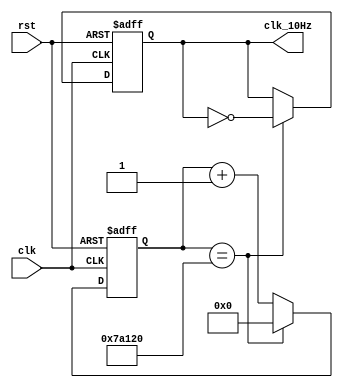
`timescale 1ns / 1ps
//////////////////////////////////////////////////////////////////////////////////
// Company: 
// Engineer: 
// 
// Design Name: 
// Module Name: clk_10Mz
// Project Name: 
// Target Devices: 
// Tool Versions: 
// Description: 
// 
// Dependencies: 
// 
// Revision:
// Revision 0.01 - File Created
// Additional Comments:
// 
//////////////////////////////////////////////////////////////////////////////////


module clk_10Hz(clk,rst,clk_10Hz);
    input clk;
    input rst;
    output reg clk_10Hz ;
    reg [26:0] cnt;
    always @( posedge clk or posedge rst)begin
        if(rst) begin
            cnt <= 27'b0;
            clk_10Hz <= 1'b0;
        end
        else begin
            cnt <= cnt + 1'b1;
            if(cnt == 27'd500_000) begin
                cnt <= 0;
                clk_10Hz <= ~clk_10Hz;
            end
        end
    end                 
endmodule